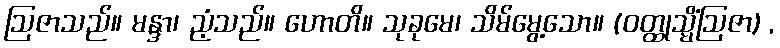
ဩဇာသည်။ မန္ဒာ၊ ညံ့သည်။ ဟောတိ။ သုခုမေ၊ သိမ်မွေ့သော။ (ဝတ္ထုသ္မိံဩဇာ) ,